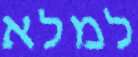
למלא